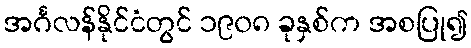
အင်္ဂလန်နိုင်ငံတွင် ၁၉၀၈ ခုနှစ်က အစပြု၍